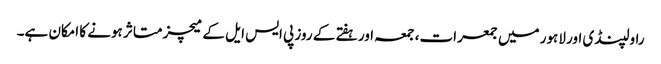
راولپنڈی اور لاہور میں جمعرات، جمعہ اور ہفتے کے روز پی ایس ایل کے میچز متاثر ہونے کا امکان ہے۔